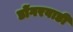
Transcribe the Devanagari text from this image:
डोंगरवाडी